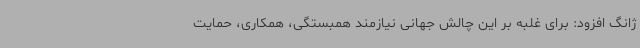
ژانگ افزود: برای غلبه بر این چالش جهانی نیازمند همبستگی، همکاری، حمایت